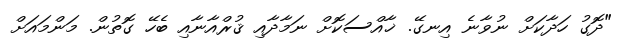
"ދޮގު ހަދާކަށް ނުވާނެ އިނގޭ. ޚާއްސަކޮށް ނަމާދާއި ޤުރްއާނާއި ބެހޭ ގޮތުން. މަންމައަށް